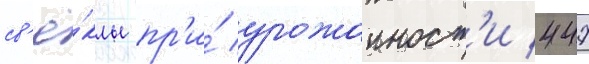
св'ё́клы пр'и́ урожаиност'и 447